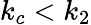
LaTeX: k_{c}<k_{2}